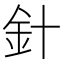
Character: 針